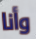
وأنا